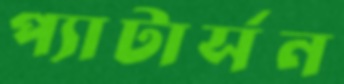
প্যাটার্সন